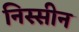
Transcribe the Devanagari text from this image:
निस्सीन